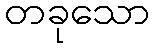
တခုသော